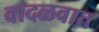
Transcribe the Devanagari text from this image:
वादळवात